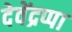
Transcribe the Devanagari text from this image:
देवेंद्रप्पा